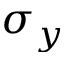
\sigma _ { y }